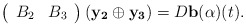
\begin{align*}\left(\begin{array}{cc}B_2 & B_3 \end{array}\right)(\mathbf{y_2} \oplus \mathbf{y_3}) = D\mathbf{b}(\alpha)(t).\end{align*}